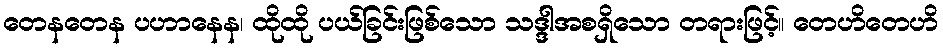
တေနတေန ပဟာနေန၊ ထိုထို ပယ်ခြင်းဖြစ်သော သဒ္ဒါအစရှိသော တရားဖြင့်။ တေဟိတေဟိ